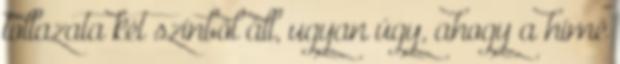
tollazata két színből áll, ugyan úgy, ahogy a hímé